Lunatic asylums in Bengal annual reports 1899-1911 - 1899-1911
Year: 1899
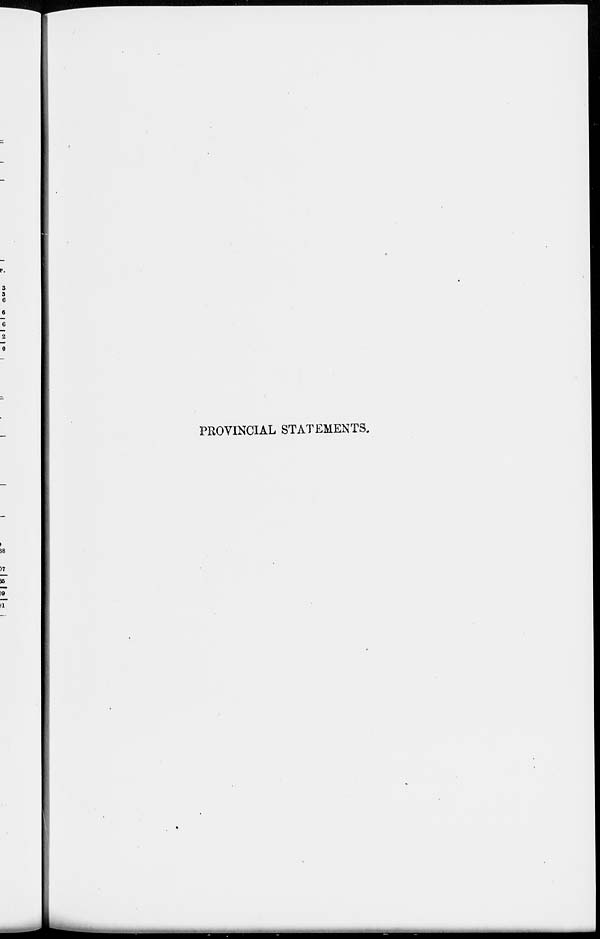
PROVINCIAL STATEMENTS.